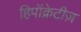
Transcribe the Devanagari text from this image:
हिपॉक्रेटीज़